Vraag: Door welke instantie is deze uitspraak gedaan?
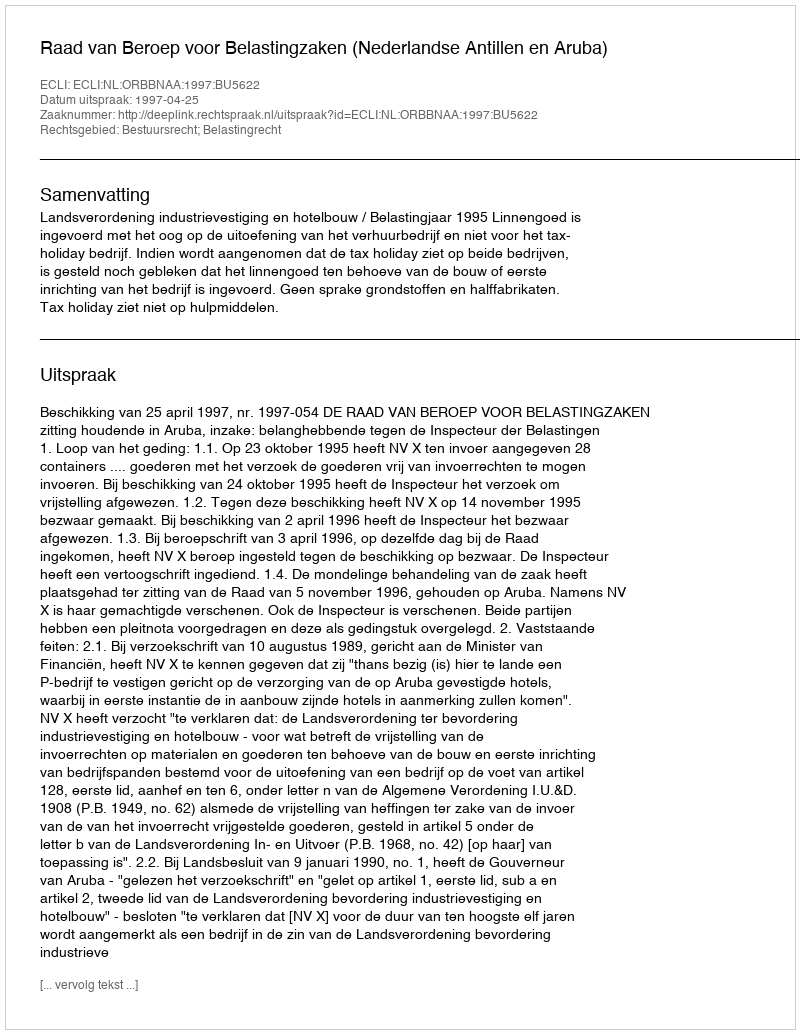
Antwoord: Raad van Beroep voor Belastingzaken (Nederlandse Antillen en Aruba)